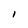
Character: I